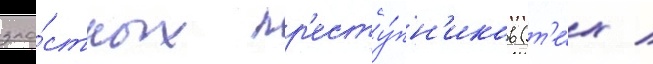
зло́стных пр'есту́пн'иков (т'е́х /